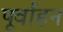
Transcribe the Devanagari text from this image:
पूर्वाहन